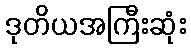
ဒုတိယအကြီးဆုံး